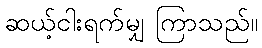
ဆယ့်ငါးရက်မျှ ကြာသည်။